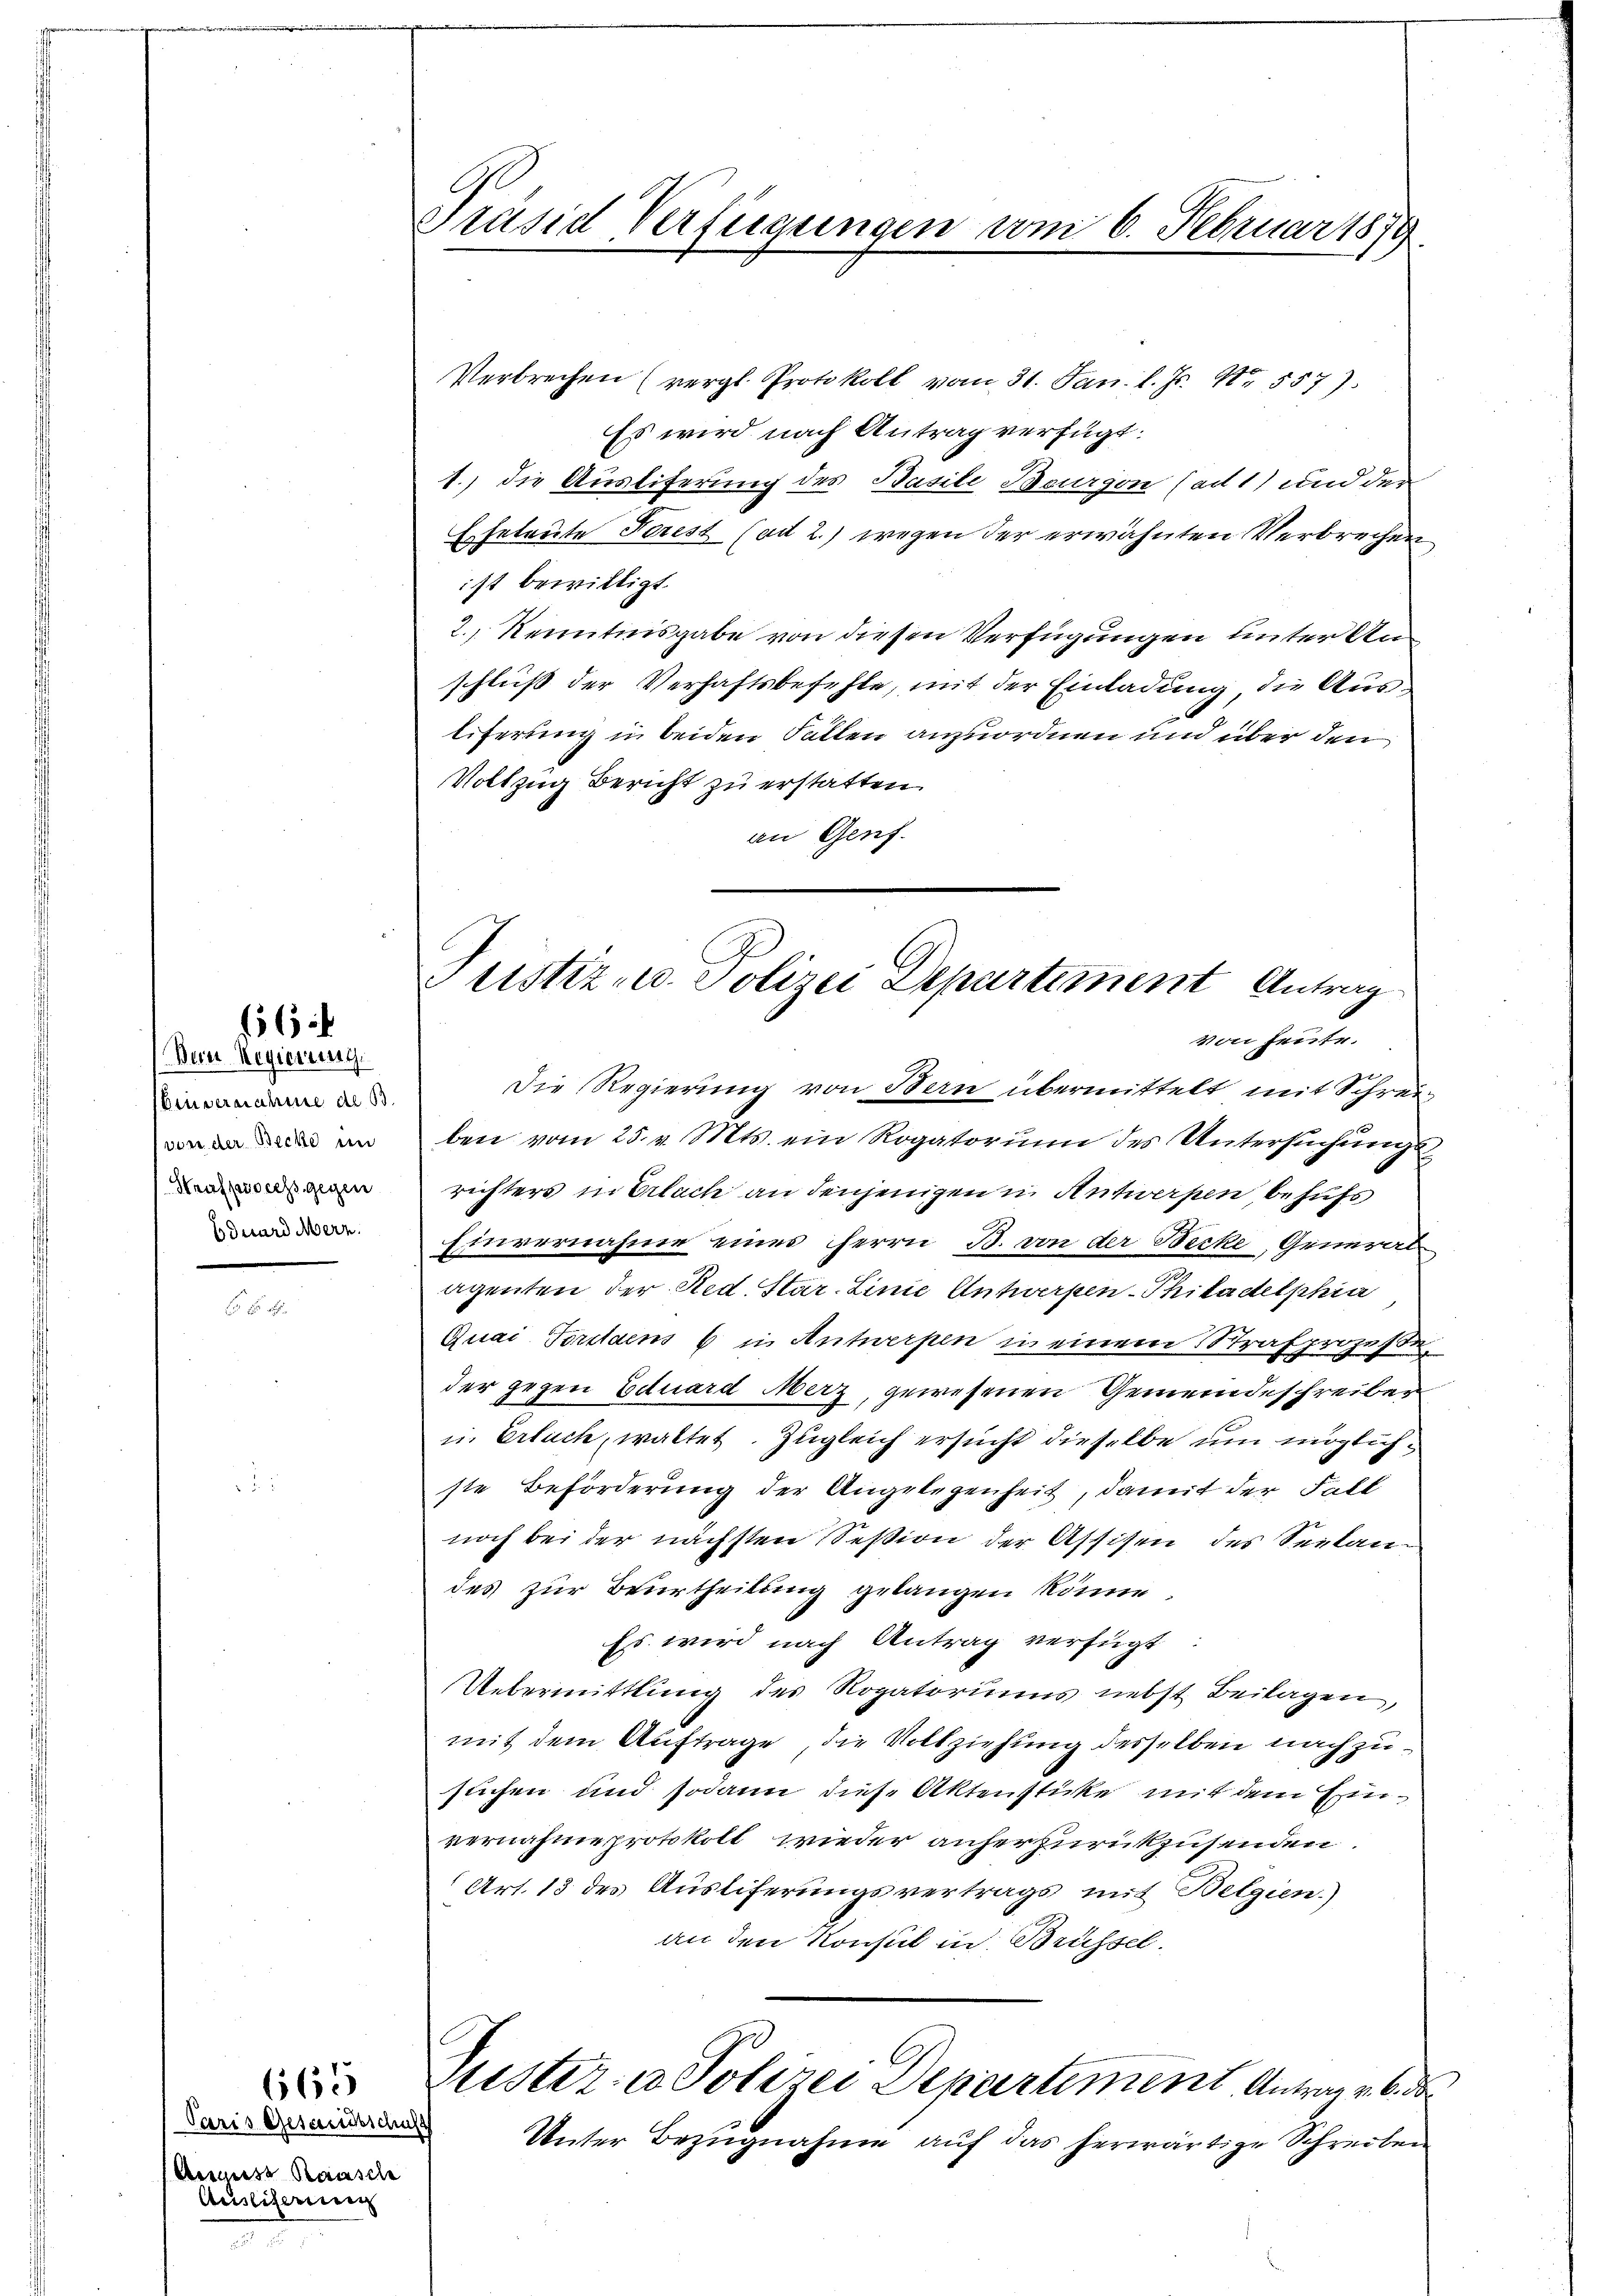
6 x

Bern Regierung
Gruvernahme de B
von der Becke in
Strafprocess gegen
bduard Merz.

665

Paris Gesandtschuss
August Raasche
Ausliserien

Präsid Verfügungen vom 6. Februar 1879

Verbrechen (vergl. Protokoll vom 31. Jan. l. Js. Nr. 5577
Es wird nach Antrag verfügt:
1.) Die Austiferung des Basile Bourgon (ad 1) und der
Es heleute Forest (ad 2.) wegen der erwähnten Verbrechen
ist bewilligt.
2., Kenntnisgabe von diesen Verfügungen unter Anschluß der Verhaftsbefehle, mit der Einladung die Ausliferung in beiden Fällen anzuordnen und über den
Vollzug Bericht zu erstatten.
an Genf.

Justiz- u. Polizei Departement Antrag
von heute.

Die Regierung von Bern übermittelt mit Schreiben vom 25. v. Mts. ein Rogatorium des Untersŭchŭngs-
richters in Erlach an denjenigen in Antwerpen behufs
Einvernahme eines Herrn B. von der Becke, General
.
agenten der Red. Star. Linie Antwerpen-Philadelphia
Quai Forstaens 6 in Antwerpen in einem Strafprozeßeder gegen Eduard Merz, gewesenen Gemeindeschreiber
u. Ersuch, waltet. Zugleich ersucht dieselbe um möglichste Beförderung der Angelegenheit, damit der Fall
noch bei der nächsten Session der Assisen des Seelandes zur Beurtheilung gelangen könne
Es wird nach Antrag verfügt:
Uebermittlung des Rogatoriums nebst Beilagen,
mit dem Auftrage, die Vollziehung desselben nachzusuchen und sodann diese Aktensticke mit dem Einvernahme protokoll wieder anherzurückzusenden.
(Art. 13 des Ausliferungsvertrags mit Belgien.)
an den Konsul in Brüssel.

Justiz- u Polizei Departement Antrag v. 6. der

Unter Bezugnahme auf das herwärtige Schreiben